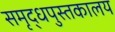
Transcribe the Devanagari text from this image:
समृद्धपुस्तकालय